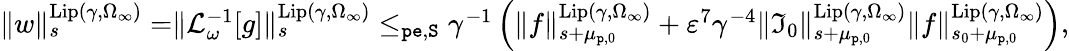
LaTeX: \begin{array}{r}{\rVert w\rVert_{s}^{\mathrm{Lip}(\gamma,\Omega_{\infty})}=\rVert\mathcal{L}_{\omega}^{-1}[g]\rVert_{s}^{\mathrm{Lip}(\gamma,\Omega_{\infty})}\le_{\mathtt{pe},\mathtt{S}}\gamma^{-1}\left(\rVert f\rVert_{s+\mu_{\mathtt{p},0}}^{\mathrm{Lip}(\gamma,\Omega_{\infty})}+\varepsilon^{7}\gamma^{-4}\rVert\mathfrak{I}_{0}\rVert_{s+\mu_{\mathtt{p},0}}^{\mathrm{Lip}(\gamma,\Omega_{\infty})}\rVert f\rVert_{s_{0}+\mu_{\mathtt{p},0}}^{\mathrm{Lip}(\gamma,\Omega_{\infty})}\right),}\end{array}